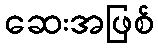
ဆေးအဖြစ်